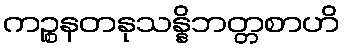
ကဉ္စနတနုသန္နိဘတ္တစာဟိ